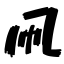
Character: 凧